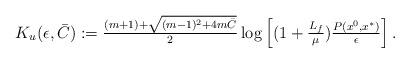
LaTeX: \begin{align*}K_u(\epsilon, \bar C):=\tfrac{(m+1)+\sqrt{(m-1)^2+4m\bar C}}{2}\log \left[(1+\tfrac{L_f}{\mu})\tfrac{P(x^0,x^*)}{\epsilon}\right].\end{align*}